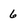
Character: 6